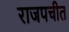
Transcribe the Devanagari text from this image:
राजपचीत